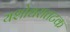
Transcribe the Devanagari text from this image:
यशोधरातटक